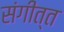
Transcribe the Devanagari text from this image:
संगीत्त